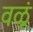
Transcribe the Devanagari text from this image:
वळूं